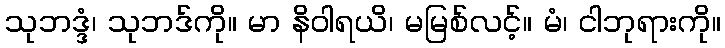
သုဘဒ္ဒံ၊ သုဘဒ်ကို။ မာ နိဝါရယိ၊ မမြစ်လင့်။ မံ၊ ငါဘုရားကို။